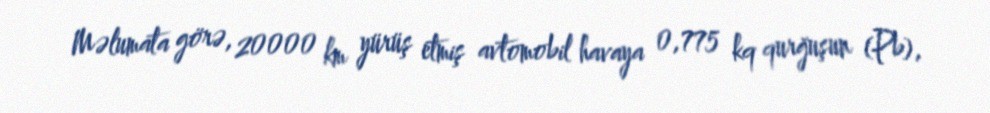
Məlumata görə, 20000 km yürüş etmiş avtomobil havaya 0,775 kq qurğuşun (Pb),